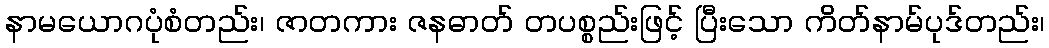
နာမယောဂပုံစံတည်း၊ ဇာတကား ဇနဓာတ် တပစ္စည်းဖြင့် ပြီးသော ကိတ်နာမ်ပုဒ်တည်း၊